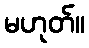
မဟုတ်။